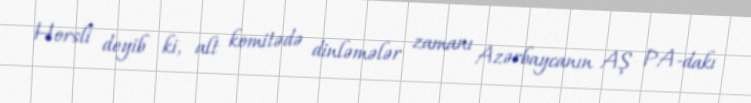
Horsli deyib ki, alt komitədə dinləmələr zamanı Azərbaycanın AŞ PA-dakı